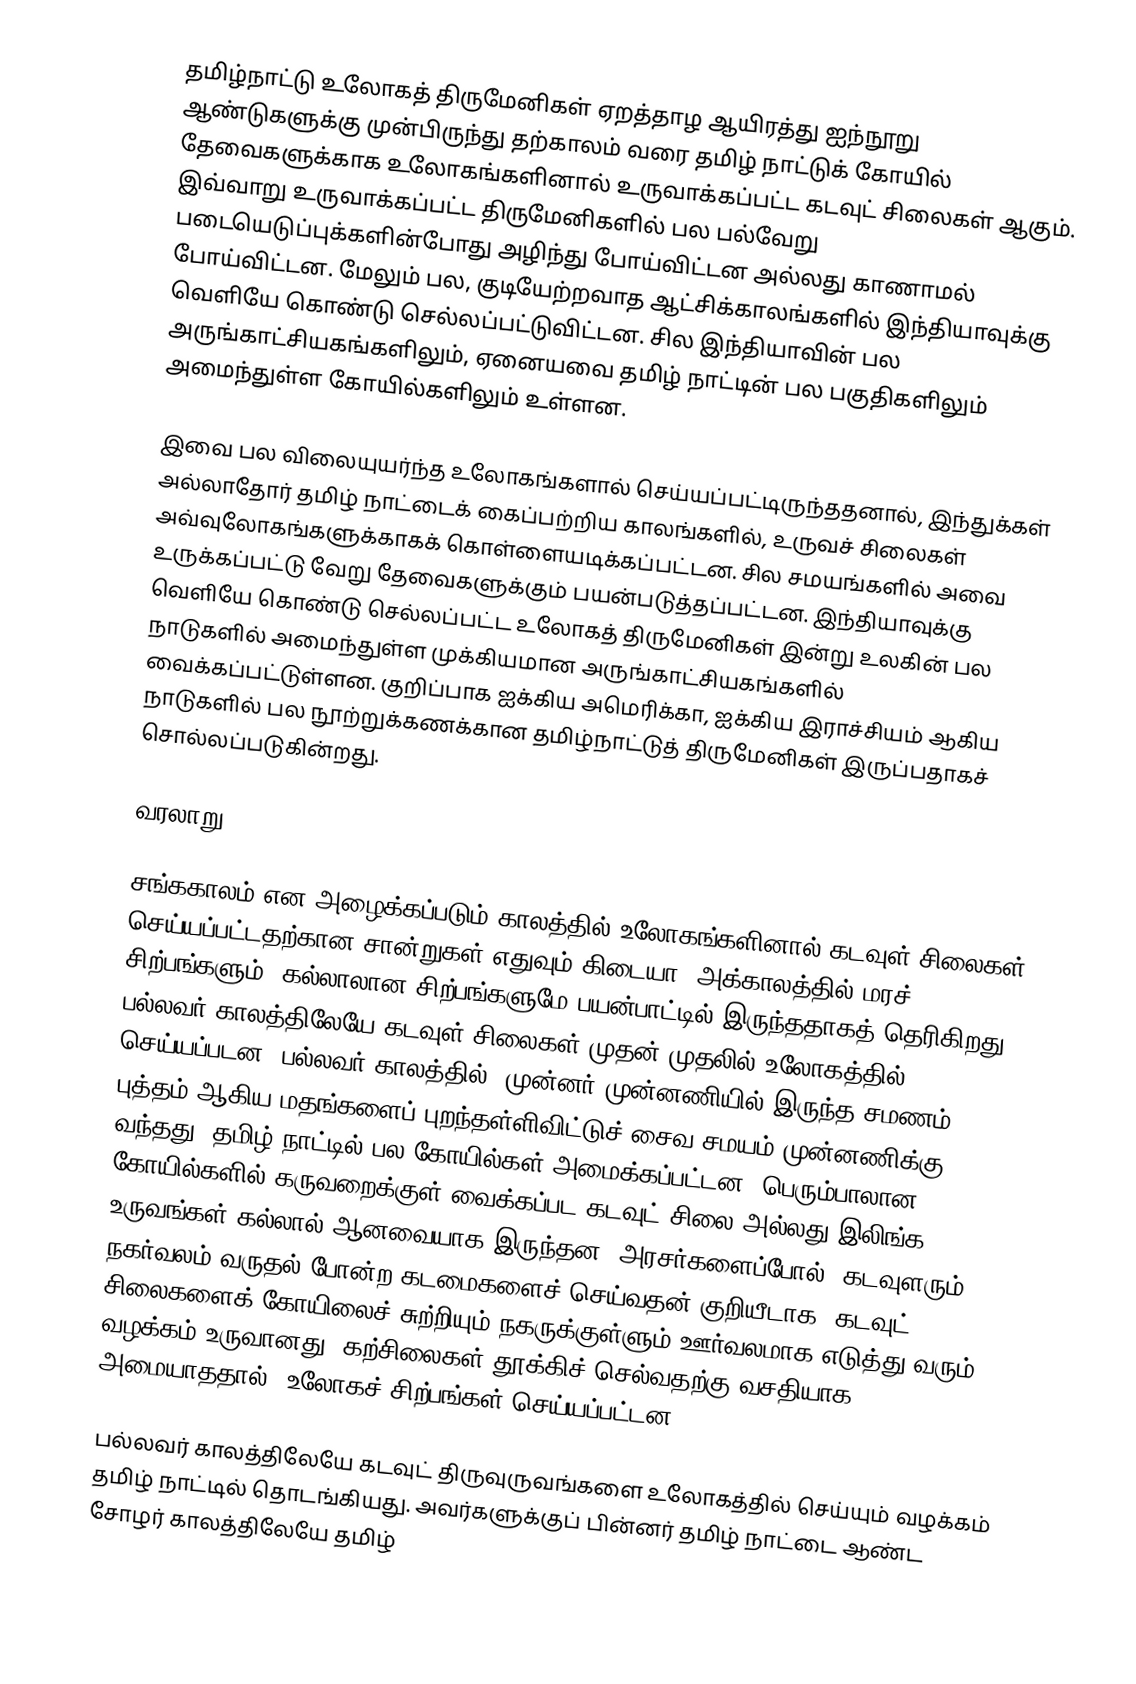
தமிழ்நாட்டு உலோகத் திருமேனிகள் ஏறத்தாழ ஆயிரத்து ஐந்நூறு ஆண்டுகளுக்கு முன்பிருந்து தற்காலம் வரை தமிழ் நாட்டுக் கோயில் தேவைகளுக்காக உலோகங்களினால் உருவாக்கப்பட்ட கடவுட் சிலைகள் ஆகும். இவ்வாறு உருவாக்கப்பட்ட திருமேனிகளில் பல பல்வேறு படையெடுப்புக்களின்போது அழிந்து போய்விட்டன அல்லது காணாமல் போய்விட்டன. மேலும் பல, குடியேற்றவாத ஆட்சிக்காலங்களில் இந்தியாவுக்கு வெளியே கொண்டு செல்லப்பட்டுவிட்டன. சில இந்தியாவின் பல அருங்காட்சியகங்களிலும், ஏனையவை தமிழ் நாட்டின் பல பகுதிகளிலும் அமைந்துள்ள கோயில்களிலும் உள்ளன.

இவை பல விலையுயர்ந்த உலோகங்களால் செய்யப்பட்டிருந்ததனால், இந்துக்கள் அல்லாதோர் தமிழ் நாட்டைக் கைப்பற்றிய காலங்களில், உருவச் சிலைகள் அவ்வுலோகங்களுக்காகக் கொள்ளையடிக்கப்பட்டன. சில சமயங்களில் அவை உருக்கப்பட்டு வேறு தேவைகளுக்கும் பயன்படுத்தப்பட்டன. இந்தியாவுக்கு வெளியே கொண்டு செல்லப்பட்ட உலோகத் திருமேனிகள் இன்று உலகின் பல நாடுகளில் அமைந்துள்ள முக்கியமான அருங்காட்சியகங்களில் வைக்கப்பட்டுள்ளன. குறிப்பாக ஐக்கிய அமெரிக்கா, ஐக்கிய இராச்சியம் ஆகிய நாடுகளில் பல நூற்றுக்கணக்கான தமிழ்நாட்டுத் திருமேனிகள் இருப்பதாகச் சொல்லப்படுகின்றது.

வரலாறு

சங்ககாலம் என அழைக்கப்படும் காலத்தில் உலோகங்களினால் கடவுள் சிலைகள் செய்யப்பட்டதற்கான சான்றுகள் எதுவும் கிடையா. அக்காலத்தில் மரச் சிற்பங்களும், கல்லாலான சிற்பங்களுமே பயன்பாட்டில் இருந்ததாகத் தெரிகிறது. பல்லவர் காலத்திலேயே கடவுள் சிலைகள் முதன் முதலில் உலோகத்தில் செய்யப்படன. பல்லவர் காலத்தில், முன்னர் முன்னணியில் இருந்த சமணம், புத்தம் ஆகிய மதங்களைப் புறந்தள்ளிவிட்டுச் சைவ சமயம் முன்னணிக்கு வந்தது. தமிழ் நாட்டில் பல கோயில்கள் அமைக்கப்பட்டன. பெரும்பாலான கோயில்களில் கருவறைக்குள் வைக்கப்பட கடவுட் சிலை அல்லது இலிங்க உருவங்கள் கல்லால் ஆனவையாக இருந்தன. அரசர்களைப்போல், கடவுளரும் நகர்வலம் வருதல் போன்ற கடமைகளைச் செய்வதன் குறியீடாக, கடவுட் சிலைகளைக் கோயிலைச் சுற்றியும் நகருக்குள்ளும் ஊர்வலமாக எடுத்து வரும் வழக்கம் உருவானது. கற்சிலைகள் தூக்கிச் செல்வதற்கு வசதியாக அமையாததால், உலோகச் சிற்பங்கள் செய்யப்பட்டன.

பல்லவர் காலத்திலேயே கடவுட் திருவுருவங்களை உலோகத்தில் செய்யும் வழக்கம் தமிழ் நாட்டில் தொடங்கியது. அவர்களுக்குப் பின்னர் தமிழ் நாட்டை ஆண்ட சோழர் காலத்திலேயே தமிழ்